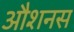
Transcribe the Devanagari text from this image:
औशनस